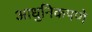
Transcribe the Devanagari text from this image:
आधुनिकपणे